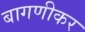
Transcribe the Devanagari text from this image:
बागणीकर